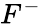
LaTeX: F^{-}